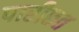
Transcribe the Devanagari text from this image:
पारीछत